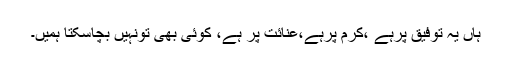
ہاں یہ توفیق پرہے ،کرم پرہے،عنائت پر ہے، کوئی بھی تونہیں بچاسکتا ہمیں۔